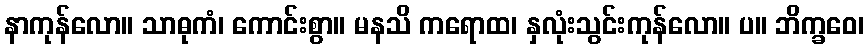
နာကုန်လော။ သာဓုကံ၊ ကောင်းစွာ။ မနသိ ကရောထ၊ နှလုံးသွင်းကုန်လော။ ပ။ ဘိက္ခဝေ၊